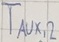
Text: TAUX,2